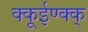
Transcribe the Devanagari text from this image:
क्कूईण्क्क्